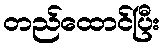
တည်ထောင်ပြီး